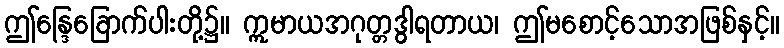
ဤန္ဒြေခြောက်ပါးတို့၌။ ဣမာယအဂုတ္တဒွါရတာယ၊ ဤမစောင့်သောအဖြစ်နှင့်။